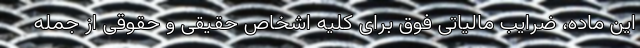
این ماده، ضرایب مالیاتی فوق برای کلیه اشخاص حقیقی و حقوقی از جمله